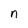
Character: n